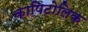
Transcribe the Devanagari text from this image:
कापिटोलिक